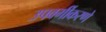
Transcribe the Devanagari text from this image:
उपवर्गीकरणे